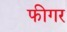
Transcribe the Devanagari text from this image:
फीगर